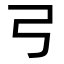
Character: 𢎗